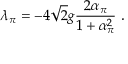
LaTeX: \lambda _ { \pi } = - 4 \sqrt { 2 } g \frac { 2 \alpha _ { \pi } } { 1 + \alpha _ { \pi } ^ { 2 } } \ .